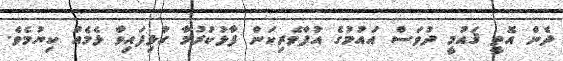
ދެން އޮތީ ޤައުމީ ދުވަސް އައުމުގެ އުފާވެރިކަން ފާޅުކުރުމާ ގުޅިފައިވާ ޅެމެއް ކިޔުމެވެ.